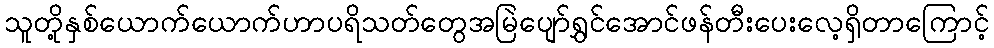
သူတို့နှစ်ယောက်ယောက်ဟာပရိသတ်တွေအမြဲပျော်ရွှင်အောင်ဖန်တီးပေးလေ့ရှိတာကြောင့်